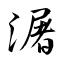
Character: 潳